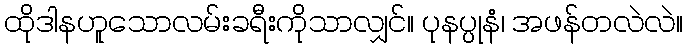
ထိုဒါနဟူသောလမ်းခရီးကိုသာလျှင်။ ပုနပ္ပုနံ၊ အဖန်တလဲလဲ။